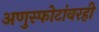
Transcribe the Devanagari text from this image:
अणुस्फोटांवरही